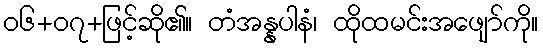
၀၆+၀၇+ဖြင့်ဆို၏။ တံအန္နပါနံ၊ ထိုထမင်းအဖျော်ကို။